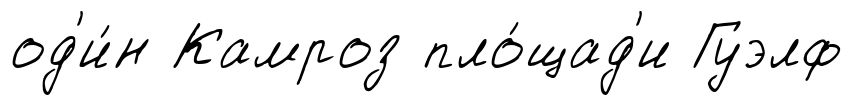
од'и́н Камроз пло́щад'и Гуэлф